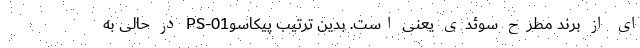
ای از برند مطرح سوئدی یعنی است. بدین ترتیب پیکاسوPS-01 در حالی به